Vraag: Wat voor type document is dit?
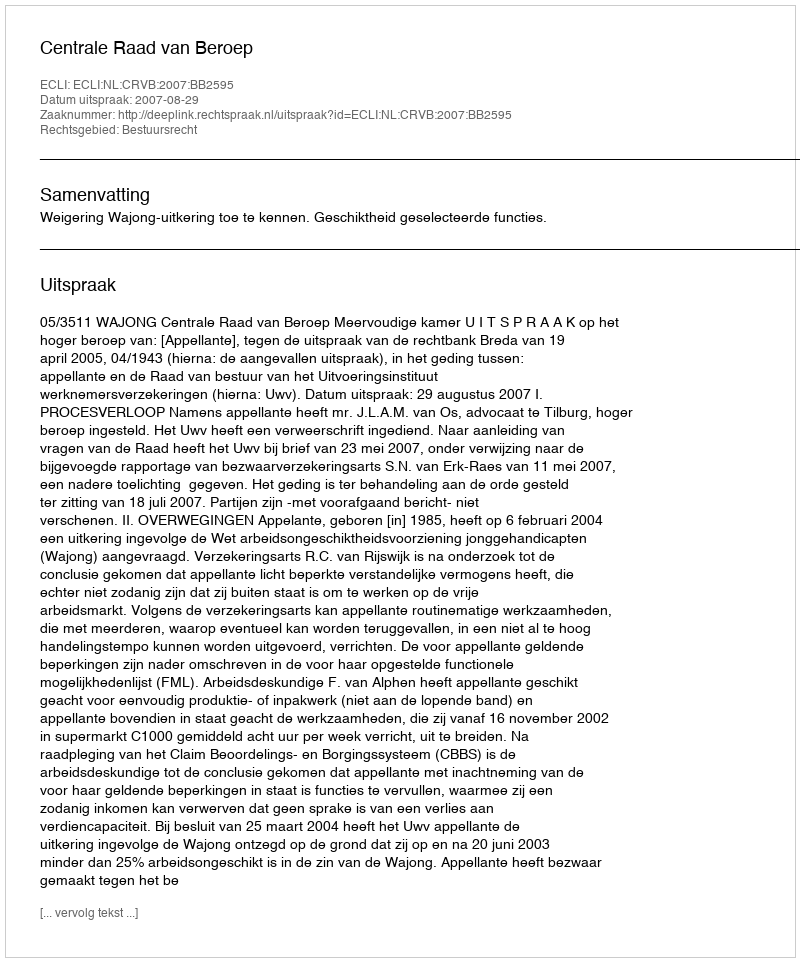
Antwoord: Uitspraak